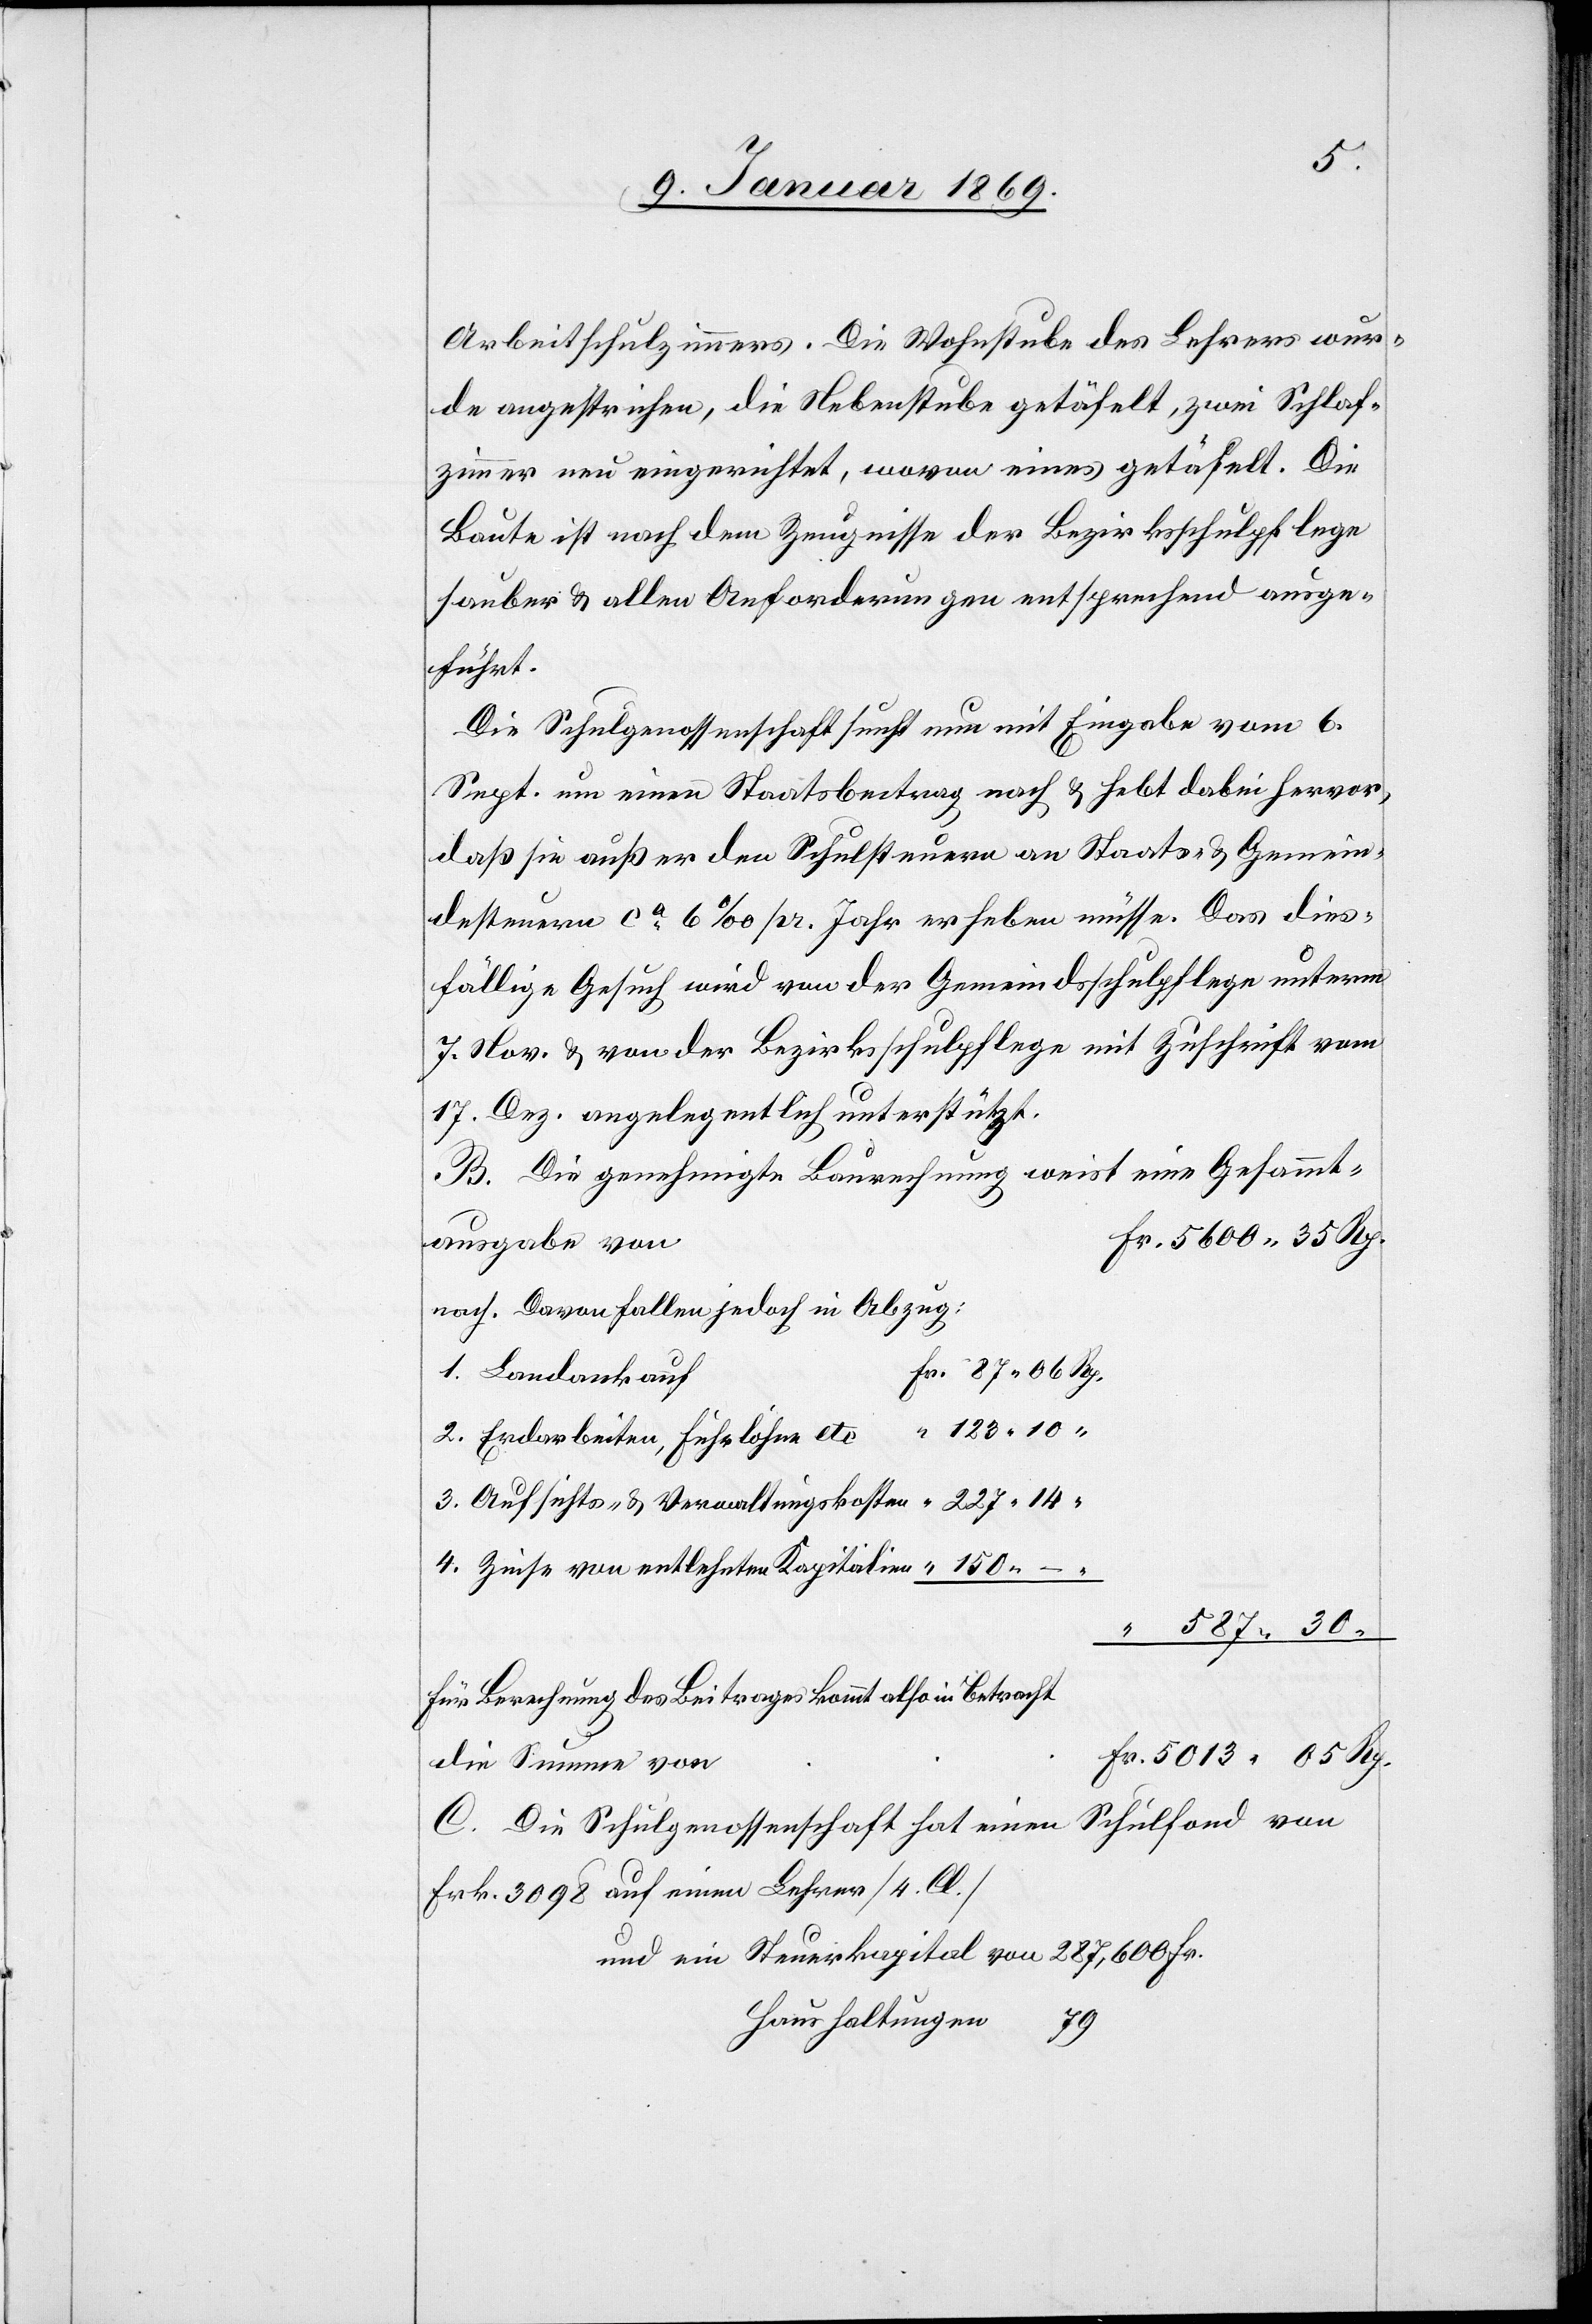
Arbeitsschulzimmers. Die Wohnstube des Lehrers wur¬
de angestrichen, die Nebenstube getäfelt, zwei Schlaf¬
zimmer neu eingerichtet, wovon eines getäfelt. Die
Baute ist nach dem Zeugniße der Bezirksschulpflege
sauber & allen Anforderungen entsprechend ausge¬
führt.
Die Schulgenossenschaft sucht nun mit Eingabe vom 6.
Sept. um einen Staatsbeitrag nach & hebt dabei hervor,
daß sie außer den Schulsteuern an Staats- & Gemein¬
desteuern ca 6‰ pro Jahr erheben müsse. Das dies¬
fällige Gesuch wird von der Gemeindsschulpflege unterm
7. Nov. & von der Bezirksschulpflege mit Zuschrift vom
17. Dez. angelegentlich unterstützt.
B. Die genehmigte Baurechnung weist eine Gesammt¬
Fr. 5600 35 Rp.
ausgabe von
nach. Davon fallen jedoch in Abzug:
f	Fr. 87 06 Rp.
1. Landankau¬
2. Erdarbeiten, Fuhrlöhne	 “ 123 10
3. Aufsichts- & Verwaltungskosten	 “ 227 14
4. Zinse von entlehnten Kapitalien	 “ 150 – “
“ 587 30
für Berechnung des Beitrages kommt also in Betracht
C. Die Schulgenossenschaft hat einen Schulfond von
Frk. 3098 auf einen Lehrer [4. Cl.]
Haushaltungen
79